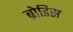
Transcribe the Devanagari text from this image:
ब्रोडिस